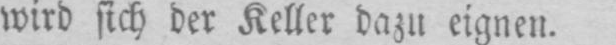
wird sich der Keller dazu eignen.